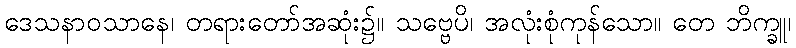
ဒေသနာဝသာနေ၊ တရားတော်အဆုံး၌။ သဗ္ဗေပိ၊ အလုံးစုံကုန်သော။ တေ ဘိက္ခူ၊